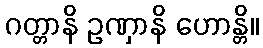
ဂတ္တာနိ ဥဏှာနိ ဟောန္တိ။